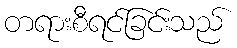
တရားစီရင်ခြင်းသည်